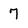
Character: 7